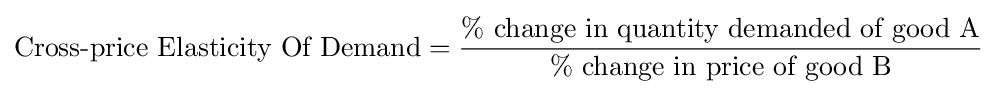
{\text{Cross-price Elasticity Of Demand}}={\frac {\%{\text{ change in quantity demanded of good A}}}{\%{\text{ change in price of good B}}}}